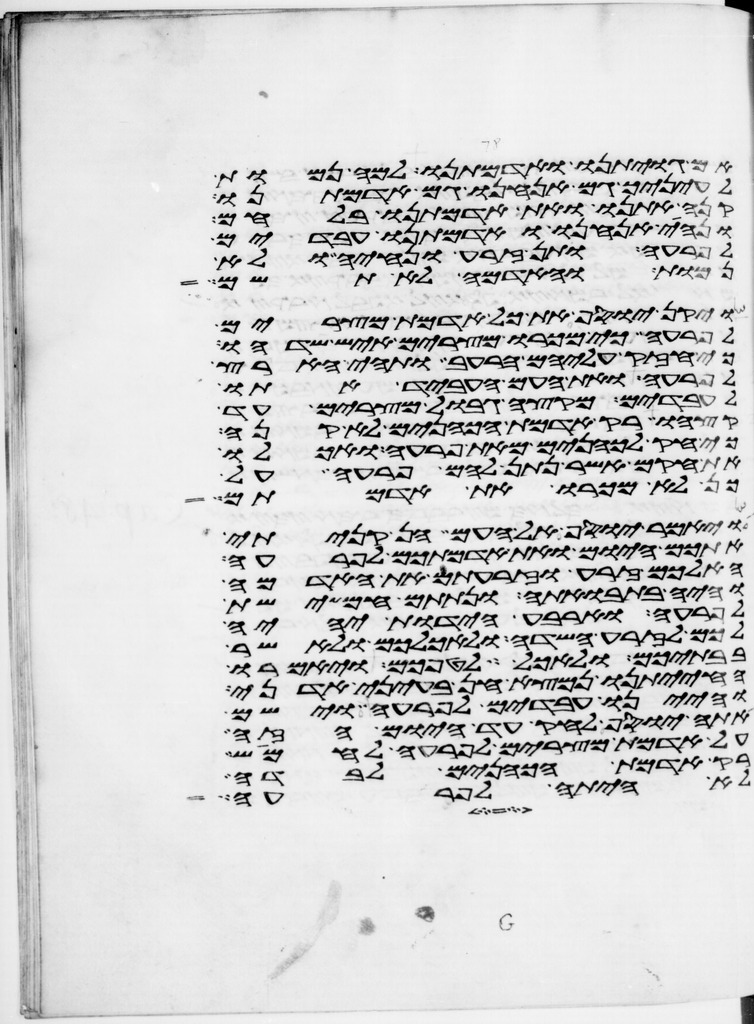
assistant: אם גויתינו ואדמתנו למה נמות
לעיניך גם אנחנו גם אדמתנו
קנה אתנו ואת אדמתנו בלחם
ונהיה אנחנו ואדמתנו עבדים
לפרעה ותן זרע ונחיה ולא
נמות והאדמה לא תשם
ויקן יוסף את כל אדמת מצרים
לפרעה כי מכרו מצרים איש שדהו
כי חזק עליהם הרעב ותהי הארץ
לפרעה ואת העם העביד אתו
לעבדים מקצה גבול מצרים עד
קצהו רק אדמת הכהנים לא קנה
כי חק לכהנים מאת פרעה ואכלו
את חקם אשר נתן להם פרעה על
כן לא מכרו את אדמתם
ויאמר יוסף אל העם הן קניתי
אתכם היום ואת אדמתיכם לפרעה
הא לכם זרע וזרעתם את האדמה
והיה בתבואתה ונתתם חמישת
לפרעה וארבע הידות יהיה
לכם לזרע השדה ולאכלכם ולאשר
בבתיכם ולאכל לטפכם ויאמרו
החיתנו נמצא חן בעיני אדני
והיינו עבדים לפרעה וישם
אתה יוסף לחק עד היום הזה
על אדמת מצרים לפרעה לחמוש
רק אדמת הכהנים לבדה
לא היתה לפרעה